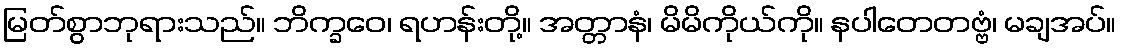
မြတ်စွာဘုရားသည်။ ဘိက္ခဝေ၊ ရဟန်းတို့။ အတ္တာနံ၊ မိမိကိုယ်ကို။ နပါတေတဗ္ဗံ၊ မချအပ်။